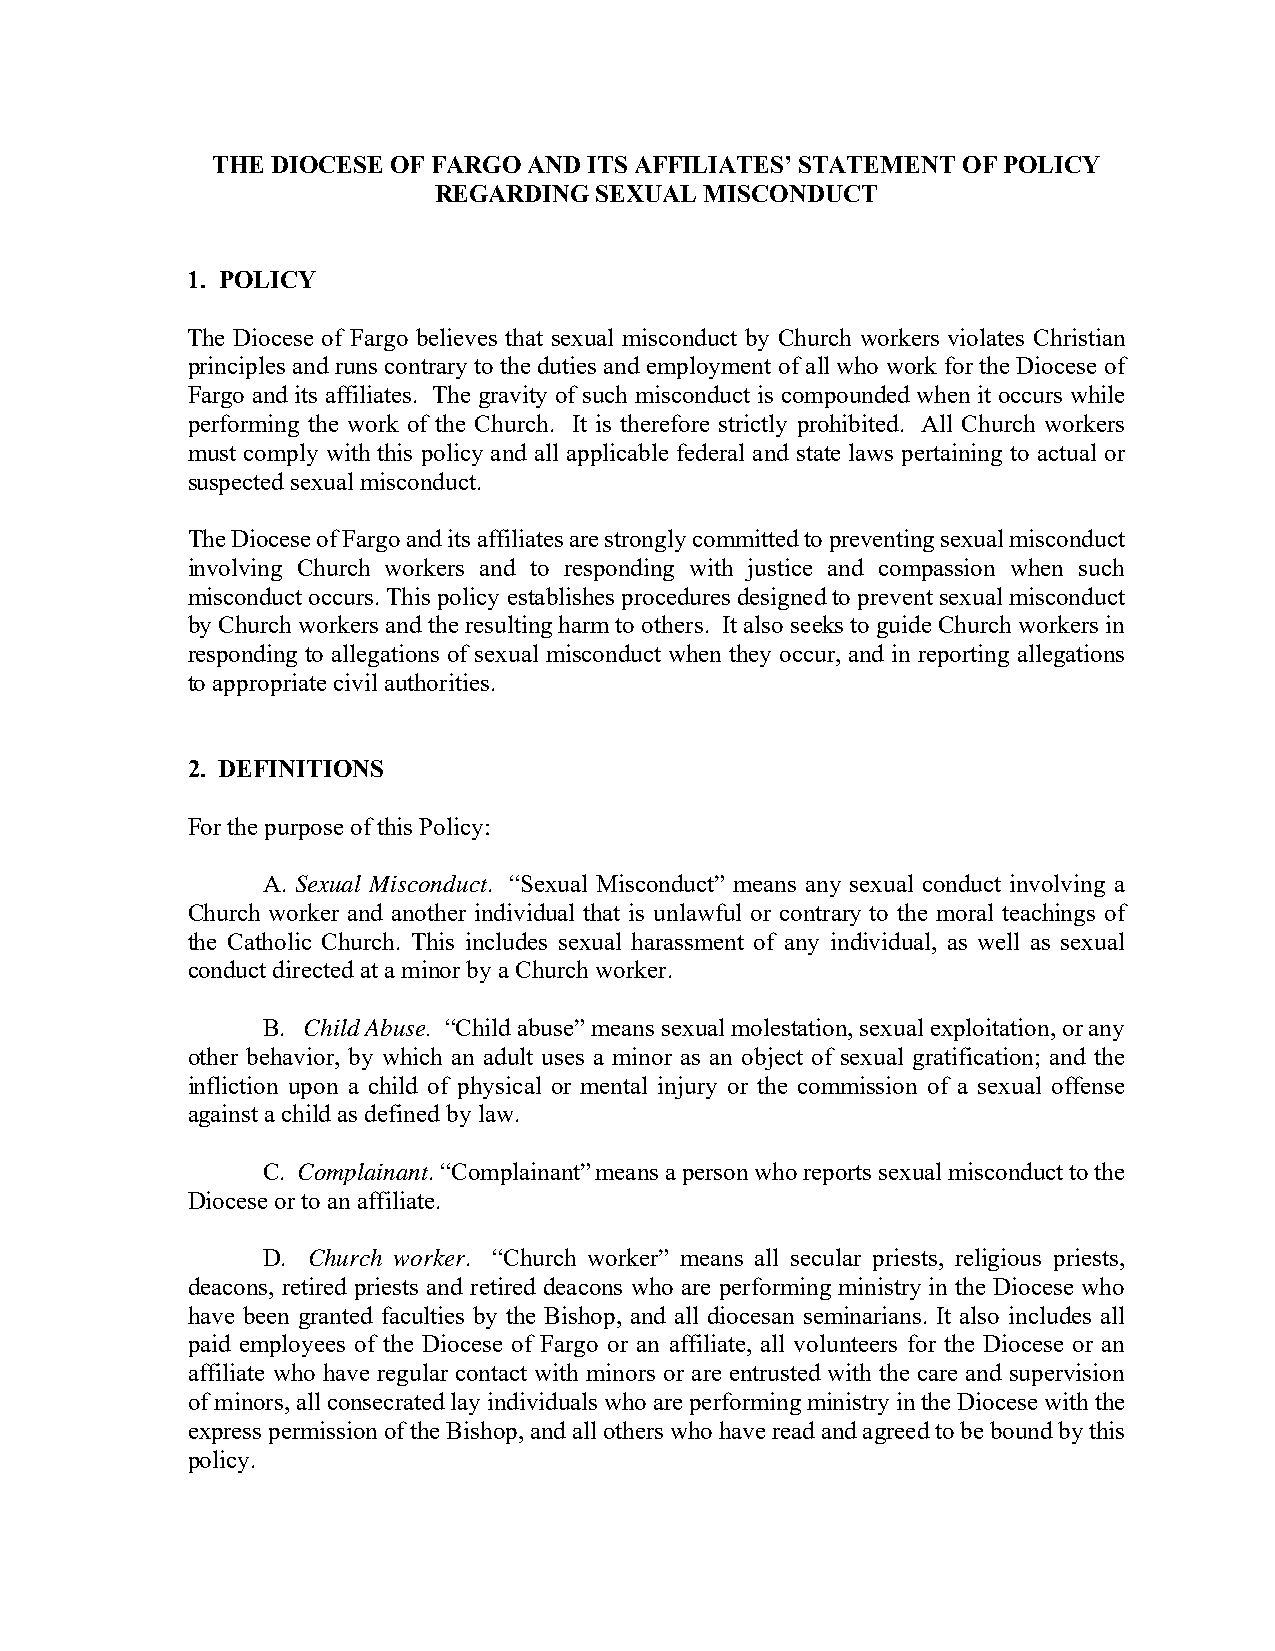
THE DIOCESE OF FARGO AND ITS AFFILIATES’ STATEMENT OF POLICY
 REGARDING SEXUAL  MISCONDUCT
 1. POLICY
 The Diocese of Fargo believes that sexual misconduct by Church workers violates Christian
 principles and runs contrary to the duties and employment of all who work for the Diocese of
 Fargo and its affiliates. The gravity of such misconduct is compounded when it occurs while
 performing the work of the Church. It is therefore strictly prohibited. All Church workers
 must comply with this policy and all applicable federal and state laws pertaining to actual or
 suspected sexual misconduct.
 The Diocese of Fargo and its affiliates are strongly committed to preventing sexual misconduct
 involving Church workers and to responding with justice and compassion when such
 misconduct occurs. This policy establishes procedures designed to prevent sexual misconduct
 by Church workers and the resulting harm to others. It also seeks to guide Church workers in
 responding to allegations of sexual misconduct when they occur, and in reporting allegations
 to appropriate civil authorities.
 2. DEFINITIONS
 For the purpose of this Policy:
 A. Sexual Misconduct. “Sexual Misconduct” means any sexual conduct involving a
 Church worker and another individual that is unlawful or contrary to the moral teachings of
 the Catholic Church. This includes sexual harassment of any individual, as well as sexual
 conduct directed at a minor by a Church worker.
 B. Child Abuse. “Child abuse” means sexual molestation, sexual exploitation, or any
 other behavior, by which an adult uses a minor as an object of sexual gratification; and the
 infliction upon a child of physical or mental injury or the commission of a sexual offense
 against a child as defined by law.
 C. Complainant. “Complainant” means a person who reports sexual misconduct to the
 Diocese or to an affiliate.
 D. Church worker. “Church worker” means all secular priests, religious priests,
 deacons, retired priests and retired deacons who are performing ministry in the Diocese who
 have been granted faculties by the Bishop, and all diocesan seminarians. It also includes all
 paid employees of the Diocese of Fargo or an affiliate, all volunteers for the Diocese or an
 affiliate who have regular contact with minors or are entrusted with the care and supervision
 of minors, all consecrated lay individuals who are performing ministry in the Diocese with the
 express permission of the Bishop, and all others who have read and agreed to be bound by this
 policy.